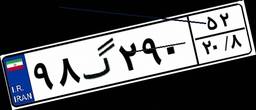
۹۸گ۲۹۰۵۲